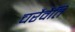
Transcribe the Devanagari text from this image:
चरैवैति